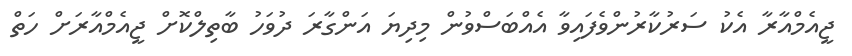
ޖީއެމްއާރާ އެކު ސަރުކާރުންވެފައިވާ އެއްބަސްވުން މިދިޔަ އަންގާރަ ދުވަހު ބާތިލްކޮށް ޖީއެމްއާރަށް ހަތް